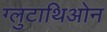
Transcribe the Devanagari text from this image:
ग्लुटाथिओन